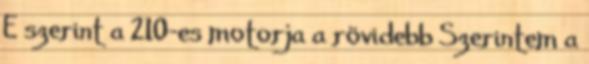
E szerint a 210-es motorja a rövidebb Szerintem a